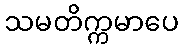
သမတိက္ကမာပေ